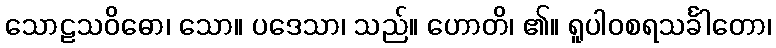
သောဠသဝိဓော၊ သော။ ပဒေသာ၊ သည်။ ဟောတိ၊ ၏။ ရူပါဝစရသင်္ခါတော၊